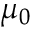
\mu _ { 0 }